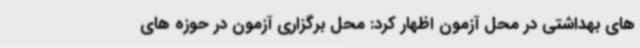
های بهداشتی در محل آزمون اظهار کرد: محل برگزاری آزمون در حوزه های